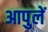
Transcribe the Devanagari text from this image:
आपुलें